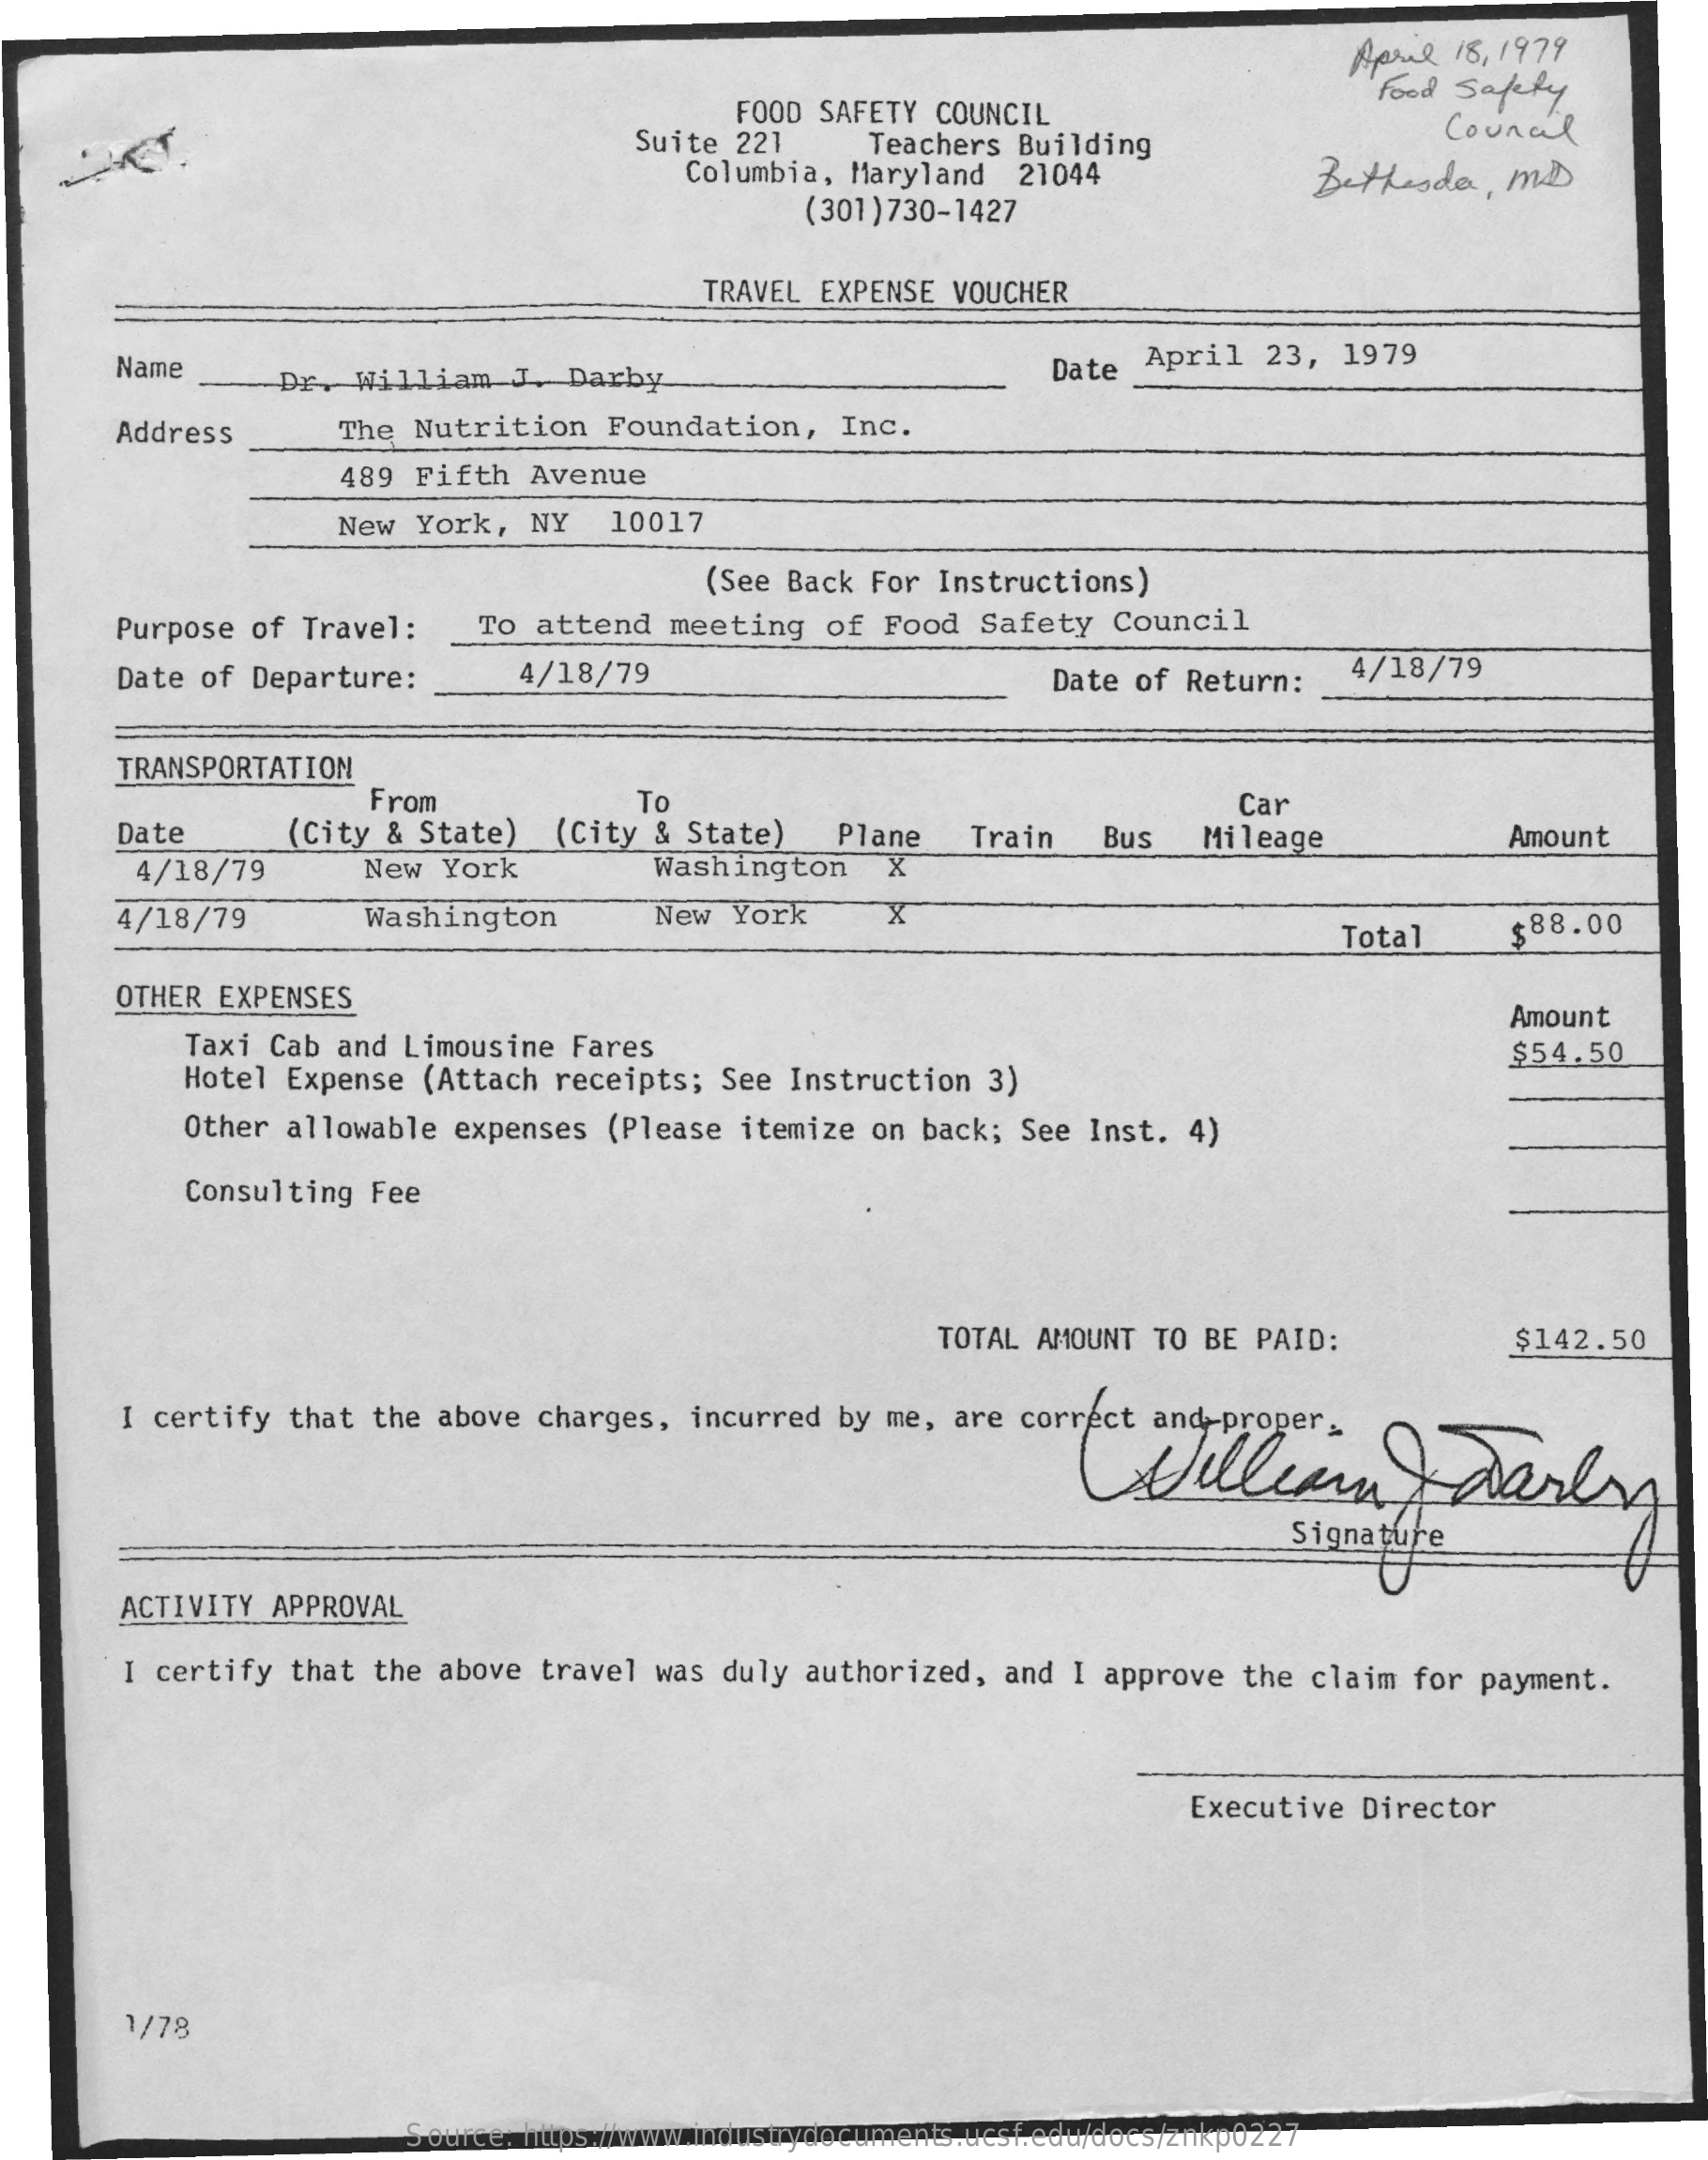
April 18, 1979
     FOOD SAFETY COUNCIL
     food Safety
     Suite 221   Teachers Building
     Council
     Columbia, Maryland 21044    Bethesda, MD
     (301) 730-1427
     TRAVEL EXPENSE VOUCHER
     Name    Dr. William J. Darby    Date April 23, 1979
     Address    The Nutrition Foundation, Inc.
     489 Fifth Avenue
     New York, NY  10017
     (See Back For Instructions)
     Purpose of Travel: To attend meeting of Food Safety Council
     Date of Departure:  4/18/79    Date of Return: 4/18/79
     TRANSPORTATION
     From
     (City & State) (City & State)
     To
     Plane
     Car
     Date    Train Bus  Mileage    Amount
     4/18/79    New York    Washington X
     4/18/79    Washington    New York    X
     Total   $88.00
     OTHER EXPENSES
     Taxi Cab and Limousine Fares
     Amount
     Hotel Expense (Attach receipts; See Instruction 3)
     $54.50
     Other allowable expenses (Please itemize on back; See Inst. 4)
     Consulting Fee
     TOTAL AMOUNT TO BE PAID:    $142.50
     I certify that the above charges, incurred by me, are correct and-proper.
     William    early
     Signature
     ACTIVITY APPROVAL
     I certify that the above travel was duly authorized, and I approve the claim for payment.
     Executive Director
     1/78
     Source: https://www.industrydocuments.ucsf.edu/docs/znkp0227